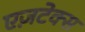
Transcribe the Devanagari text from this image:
एज़टेक्स